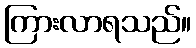
ကြားလာရသည်။